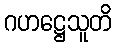
ဂဟဋ္ဌေသူတိ